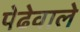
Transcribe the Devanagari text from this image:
पेढेवाले